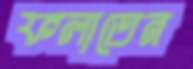
ফলাতেন